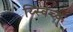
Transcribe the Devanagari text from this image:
र्य्स्विच्क